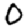
Digit: 0